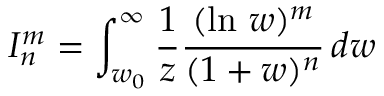
I _ { n } ^ { m } = \int _ { w _ { 0 } } ^ { \infty } \frac { 1 } { z } \frac { ( \ln \, w ) ^ { m } } { ( 1 + w ) ^ { n } } \, d w